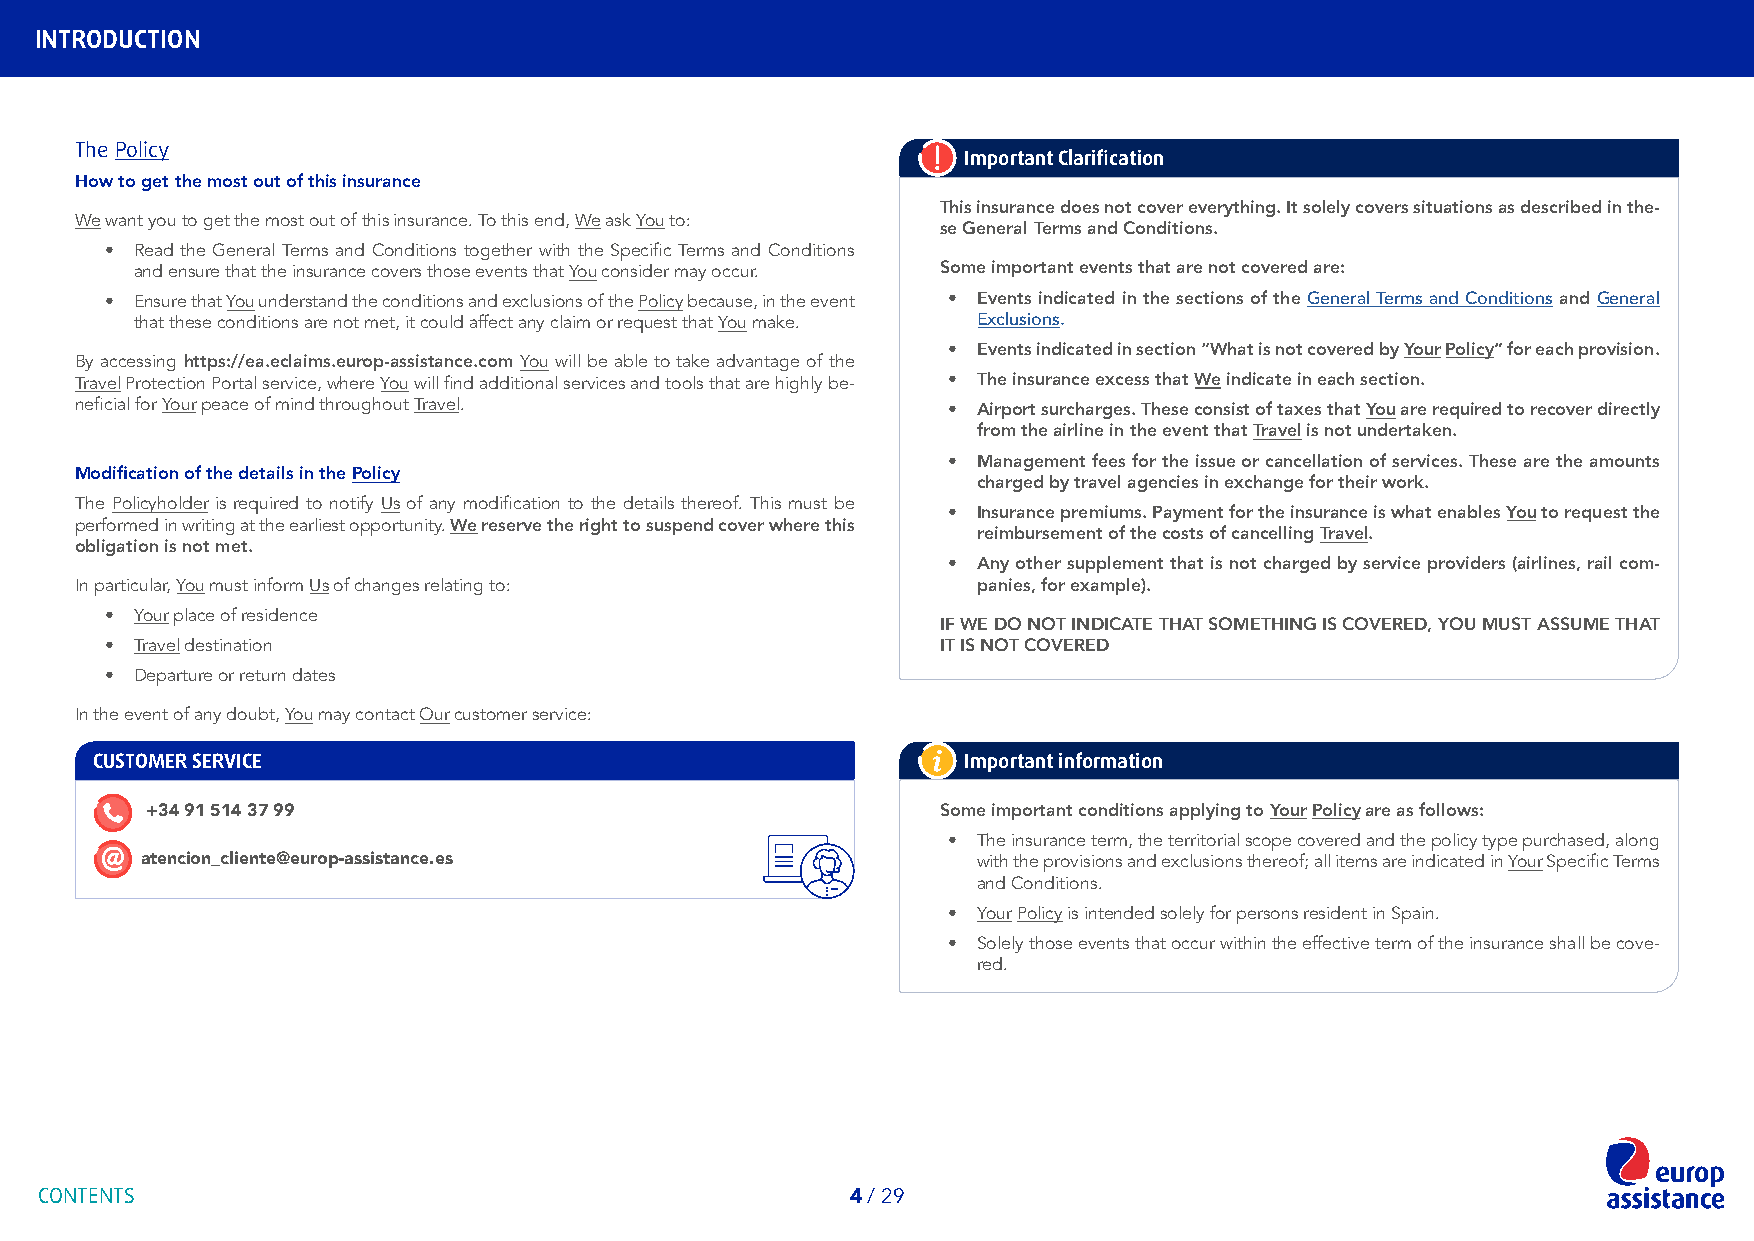
INTRODUCTION
 The Policy
 Important Clarification
 How to get the most out of this insurance
 This insurance does not cover everything. It solely covers situations as described in the-
 We want you to get the most out of this insurance. To this end, We ask You to:
 se General Terms and Conditions.
 • Read the General Terms and Conditions together with the Specific Terms and Conditions
 and ensure that the insurance covers those events that You consider may occur. Some important events that are not covered are:
 • Ensure that You understand the conditions and exclusions of the Policy because, in the event • Events indicated in the sections of the General Terms and Conditions and General
 that these conditions are not met, it could affect any claim or request that You make. Exclusions.
 • Events indicated in section “What is not covered by Your Policy” for each provision.
 By accessing https://ea.eclaims.europ-assistance.com You will be able to take advantage of the
 Travel Protection Portal service, where You will find additional services and tools that are highly be- • The insurance excess that We indicate in each section.
 neficial for Your peace of mind throughout Travel.        • Airport surcharges. These consist of taxes that You are required to recover directly
 from the airline in the event that Travel is not undertaken.
 • Management fees for the issue or cancellation of services. These are the amounts
 Modification of the details in the Policy
 charged by travel agencies in exchange for their work.
 The Policyholder is required to notify Us of any modification to the details thereof. This must be
 • Insurance premiums. Payment for the insurance is what enables You to request the
 performed in writing at the earliest opportunity. We reserve the right to suspend cover where this
 reimbursement of the costs of cancelling Travel.
 obligation is not met.
 • Any other supplement that is not charged by service providers (airlines, rail com-
 In particular, You must inform Us of changes relating to:   panies, for example).
 • Your place of residence
 IF WE DO NOT INDICATE THAT SOMETHING IS COVERED, YOU MUST ASSUME THAT
 • Travel destination                                   IT IS NOT COVERED
 • Departure or return dates
 In the event of any doubt, You may contact Our customer service:
 CUSTOMER SERVICE                                          Important information
 +34 91 514 37 99                                    Some important conditions applying to Your Policy are as follows:
 • The insurance term, the territorial scope covered and the policy type purchased, along
 atencion_cliente@europ-assistance.es                    with the provisions and exclusions thereof; all items are indicated in Your Specific Terms
 and Conditions.
 • Your Policy is intended solely for persons resident in Spain.
 • Solely those events that occur within the effective term of the insurance shall be cove-
 red.
 CONTENTS                                             4 / 29